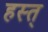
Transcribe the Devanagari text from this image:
हस्त्